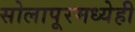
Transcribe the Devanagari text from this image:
सोलापूरमध्येही